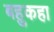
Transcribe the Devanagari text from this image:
बहुकहा